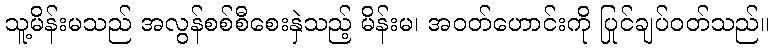
သူ့မိန်းမသည် အလွန်စစ်စီစေးနှဲသည့် မိန်းမ၊ အဝတ်ဟောင်းကို ပြင်ချုပ်ဝတ်သည်။